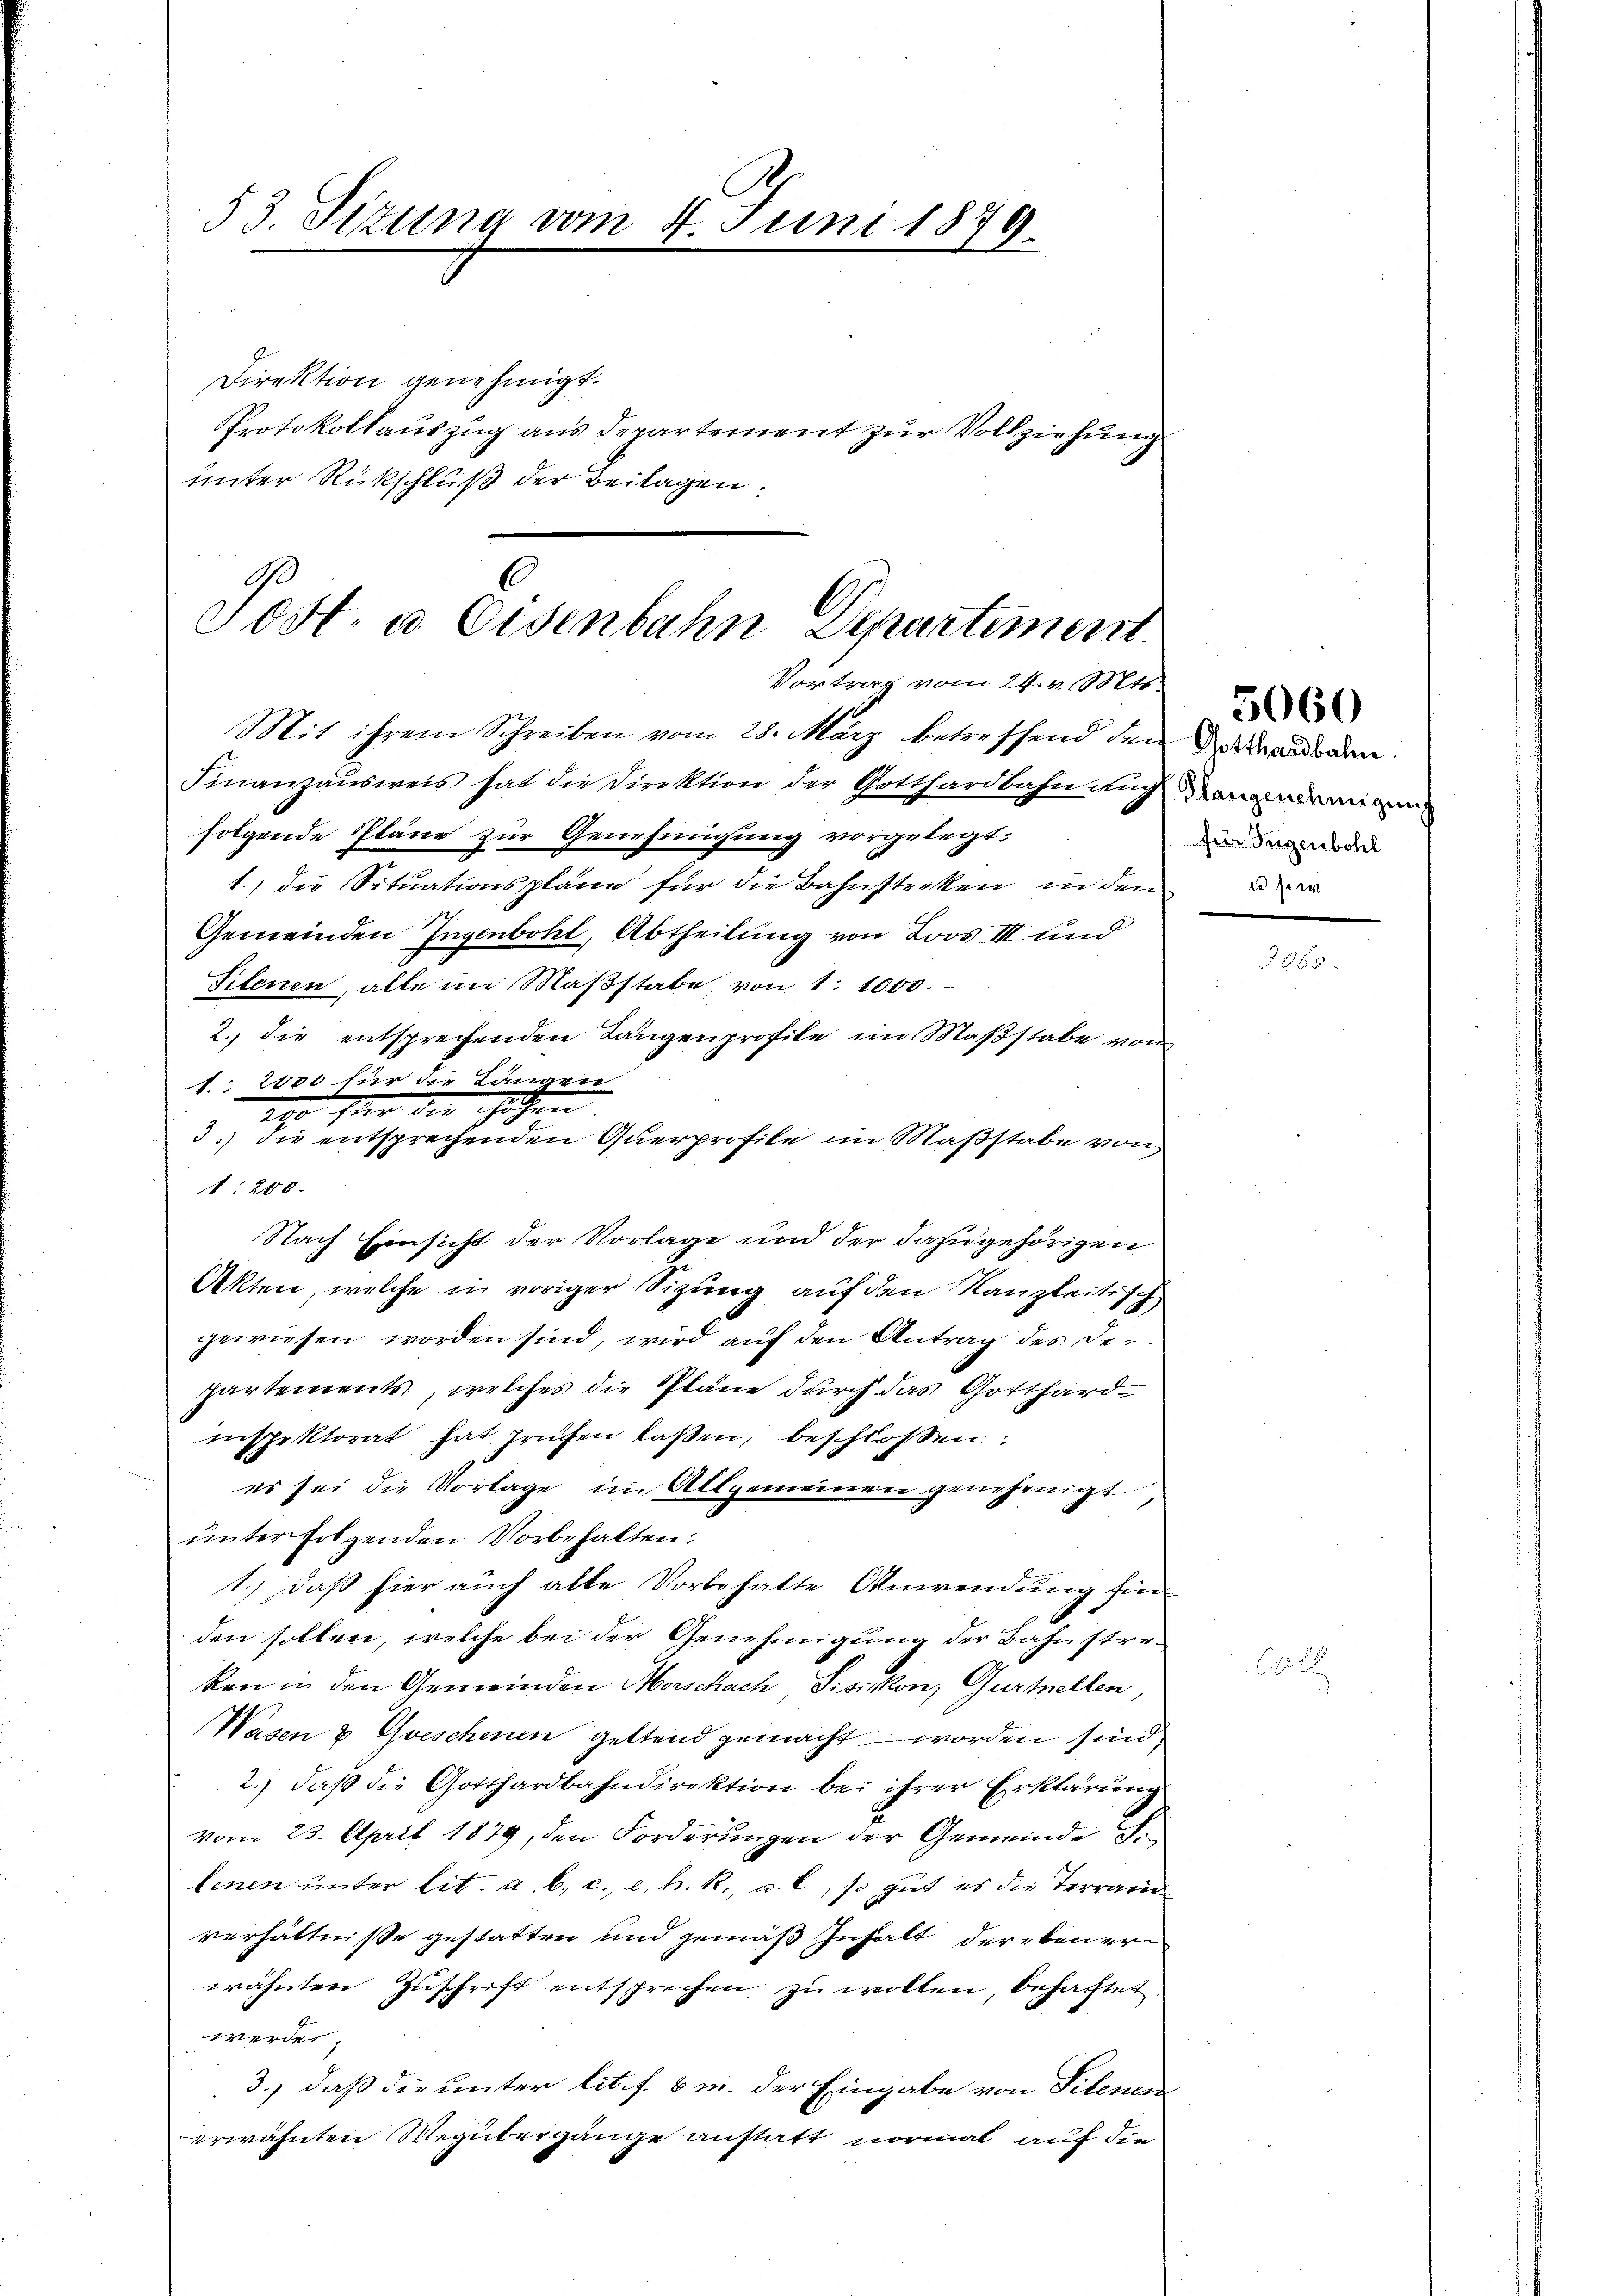
53. Sizung vom 4. Juni 1879.

Direktion genehmigt.
unter Rückschluß der Beilagen.

C
Sost. u. Eisenbahn Departement.
Vortrag vom 24. v. Mts.
Mit ihrem Schreiben vom 28. März betreffend den anden.

Protokollauszug aus Departement zur Vollziehung

Finanzausweis hat die Direktion der Gotthardbahn auch
folgende Pläne zur Genehmigung vorgelegt.
1.) die Situationspläne für die Bahnstreken, in den
Gemeinden Ingenbohl, Abtheilung von Loos III und
Filenen, alle im Maßstabe, von 1 1000.
2. die entsprechenden Langenprofile im Maßstabe von
1. 2000 für die Langen
io für die Hohen
3.) Die entsprechenden Querprofile im Maßstabe von
1200.
Nach Einsicht der Vorlage und der dazugehörigen
Akten, welche in voriger Sizung auf den Kanzleitisch
gewiesen worden sind, wird auf den Antrag des Departements, welches die Pläne durch das Gotthardinspektorat hat prüfen laßen, beschlossen:
es sei die Vorlage im Allgemeinen genehmigt,
unter folgenden Vorbehalten.
1.) Daß hier auch alte Vorbehalte Anwendung sin
den sollen, welche bei der Genehmigung der Bahnstreken in den Gemeinden Morschach Pisikon, Gurtellen,
Wasen & Geschenen geltend gemacht worden sind,
2.) daß die Gotthardbahndirektion bei ihrer Erklärung
vom 23. April 1879, den Forderungen der Gemeinde d.
tenen unter lit. a. b. c., c. h. R., u. 6, so gut es die Terrarii
verhältnisse gestatten und gemäß Inhalt der bener
wähnten Zuschrift entsprechen zu wollen, behaftet.
e
3., daß die unter lit. f. 6 m. der Eingabe von Titenen
erwähnten Wegübergänge anstatt vormal auf die

Hlangenehmigung
für Tugenbohl
te hier

3060